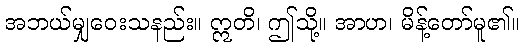
အဘယ်မျှဝေးသနည်း။ ဣတိ၊ ဤသို့။ အာဟ၊ မိန့်တော်မူ၏။